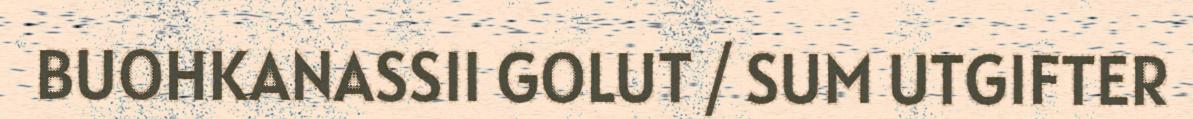
BUOHKANASSII GOLUT / SUM UTGIFTER